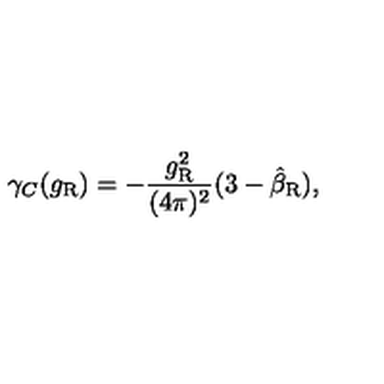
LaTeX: \gamma _ { C } ( g _ { \mathrm { R } } ) = - \frac { g _ { \mathrm { R } } ^ { 2 } } { ( 4 \pi ) ^ { 2 } } ( 3 - \hat { \beta } _ { \mathrm { R } } ) ,